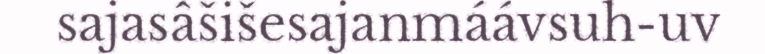
sajasâšišesajanmáávsuh-uv